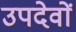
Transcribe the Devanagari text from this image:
उपदेवों